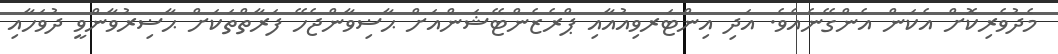
މެދުވެރިކޮށް އެކަން އެންގޭނެއެވެ. އަދި އިންޓަރވިއުއާއި ޕްރެޒެންޓޭޝަންއަށް ޙާޟިވާންޖެހޭ ފަރާތްތަކަށް ޙާޟިރުވާންވީ ދުވަހާއި